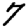
Digit: 7